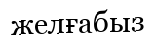
желғабыз